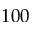
1 0 0